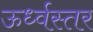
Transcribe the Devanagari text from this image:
ऊर्ध्वस्तर